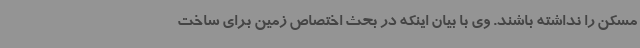
مسکن را نداشته باشند. وی با بیان اینکه در بحث اختصاص زمین برای ساخت